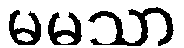
မမသာ